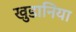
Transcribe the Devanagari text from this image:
खुडानिया